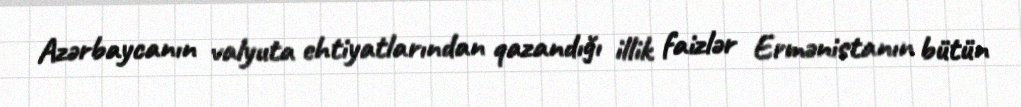
Azərbaycanın valyuta ehtiyatlarından qazandığı illik faizlər Ermənistanın bütün